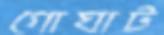
গোঘাট